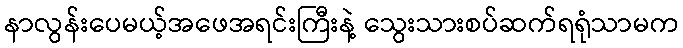
နာလွန်းပေမယ့်အဖေအရင်းကြီးနဲ့ သွေးသားစပ်ဆက်ရရုံသာမက